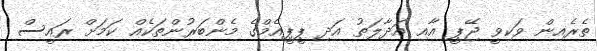
ތެރެއިން ވަކިވީ ޖޭޕީ އާއި އަދާލަތު އަދި ޕީޕީއެމްގެ މެންބަރުންތަކެއް ކަމަށް ރައީސް